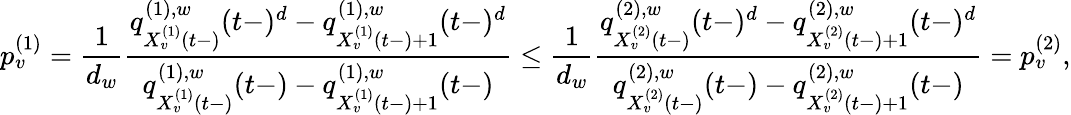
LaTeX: p_{v}^{(1)}=\frac{1}{d_{w}}\frac{q_{X_{v}^{(1)}(t-)}^{(1),w}(t-)^{d}-q_{X_{v}^{(1)}(t-)+1}^{(1),w}(t-)^{d}}{q_{X_{v}^{(1)}(t-)}^{(1),w}(t-)-q_{X_{v}^{(1)}(t-)+1}^{(1),w}(t-)}\leq\frac{1}{d_{w}}\frac{q_{X_{v}^{(2)}(t-)}^{(2),w}(t-)^{d}-q_{X_{v}^{(2)}(t-)+1}^{(2),w}(t-)^{d}}{q_{X_{v}^{(2)}(t-)}^{(2),w}(t-)-q_{X_{v}^{(2)}(t-)+1}^{(2),w}(t-)}=p_{v}^{(2)},